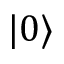
| 0 \rangle